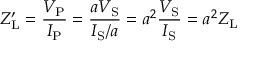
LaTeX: Z _ { \mathrm { L } } ^ { \prime } = { \frac { V _ { \mathrm { P } } } { I _ { \mathrm { P } } } } = { \frac { a V _ { \mathrm { S } } } { I _ { \mathrm { S } } / a } } = a ^ { 2 } { \frac { V _ { \mathrm { S } } } { I _ { \mathrm { S } } } } = a ^ { 2 } { Z _ { \mathrm { L } } }